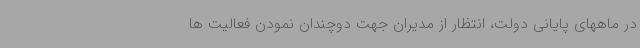
در ماههای پایانی دولت، انتظار از مدیران جهت دوچندان نمودن فعالیت ها